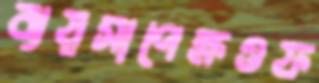
ব্যয়সাপেক্ষওফ